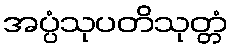
အပ္ပံသုပတိသုတ္တံ